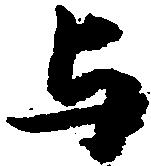
与